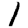
Digit: 1